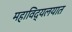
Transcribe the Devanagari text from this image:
महाविद्यलयात